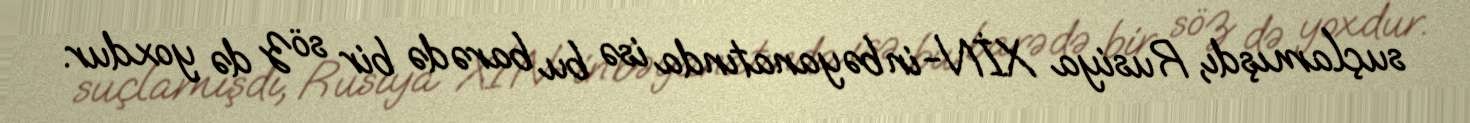
suçlamışdı, Rusiya XİN-in bəyanatında isə bu barədə bir söz də yoxdur.